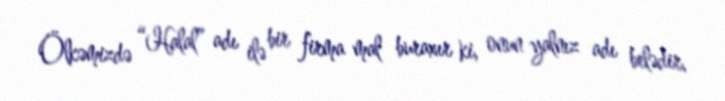
Ölkəmizdə “Halal” adı ilə bir firma mal buraxır ki, onun yalnız adı belədir,